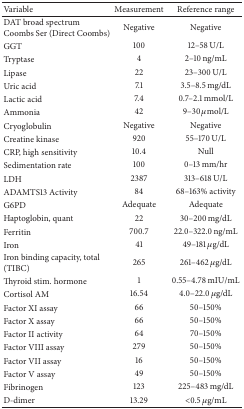
| Variable | Measurement | Reference range |
 | --- | --- | --- |
 | DAT broad spectrum Coombs Ser (Direct Coombs) | Negative | Negative |
 | GGT | 100 | 12–58 U/L |
 | Tryptase | 4 | 2–10 ng/mL |
 | Lipase | 22 | 23–300 U/L |
 | Uric acid | 7.1 | 3.5–8.5 mg/dL |
 | Lactic acid | 7.4 | 0.7–2.1 mmol/L |
 | Ammonia | 42 | 9–30 μmol/L |
 | Cryoglobulin | Negative | Negative |
 | Creatine kinase | 920 | 55–170 U/L |
 | CRP, high sensitivity | 10.4 | Null |
 | Sedimentation rate | 100 | 0–13 mm/hr |
 | LDH | 2387 | 313–618 U/L |
 | ADAMTS13 Activity | 84 | 68–163% activity |
 | G6PD | Adequate | Adequate |
 | Haptoglobin, quant | 22 | 30–200 mg/dL |
 | Ferritin | 700.7 | 22.0–322.0 ng/mL |
 | Iron | 41 | 49–181 μg/dL |
 | Iron binding capacity, total (TIBC) | 265 | 261–462 μg/dL |
 | Thyroid stim. hormone | 1 | 0.55–4.78 mIU/mL |
 | Cortisol AM | 16.54 | 4.0–22.0 μg/dL |
 | Factor XI assay | 66 | 50–150% |
 | Factor X assay | 66 | 50–150% |
 | Factor II activity | 64 | 70–150% |
 | Factor VIII assay | 279 | 50–150% |
 | Factor VII assay | 16 | 50–150% |
 | Factor V assay | 49 | 50–150% |
 | Fibrinogen | 123 | 225–483 mg/dL |
 | D-dimer | 13.29 | <0.5 μg/mL |